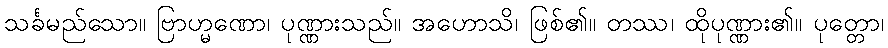
သင်္ခမည်သော။ ဗြာဟ္မဏော၊ ပုဏ္ဏားသည်။ အဟောသိ၊ ဖြစ်၏။ တဿ၊ ထိုပုဏ္ဏား၏။ ပုတ္တော၊